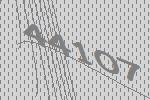
44107